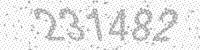
Solution: 231482